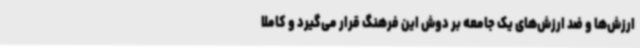
ارزش‌ها و ضد ارزش‌های یک جامعه بر دوش این فرهنگ قرار می‌گیرد و کاملا